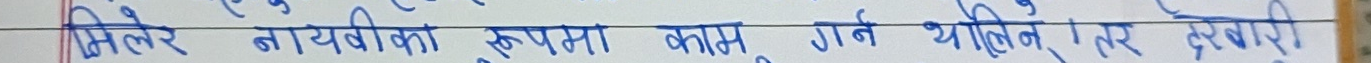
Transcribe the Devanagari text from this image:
मिलेर नायविका रूपमा काम गर्थे भनिए तर दरवारी